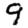
Digit: 9